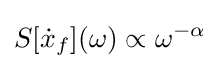
S[{\dot {x}}_{f}](\omega )\propto \omega ^{-\alpha }